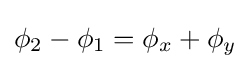
\phi _{2}-\phi _{1}=\phi _{x}+\phi _{y}